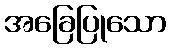
အခြေပြုသော